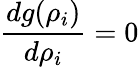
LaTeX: \frac{dg(\rho_{i})}{d\rho_{i}}=0